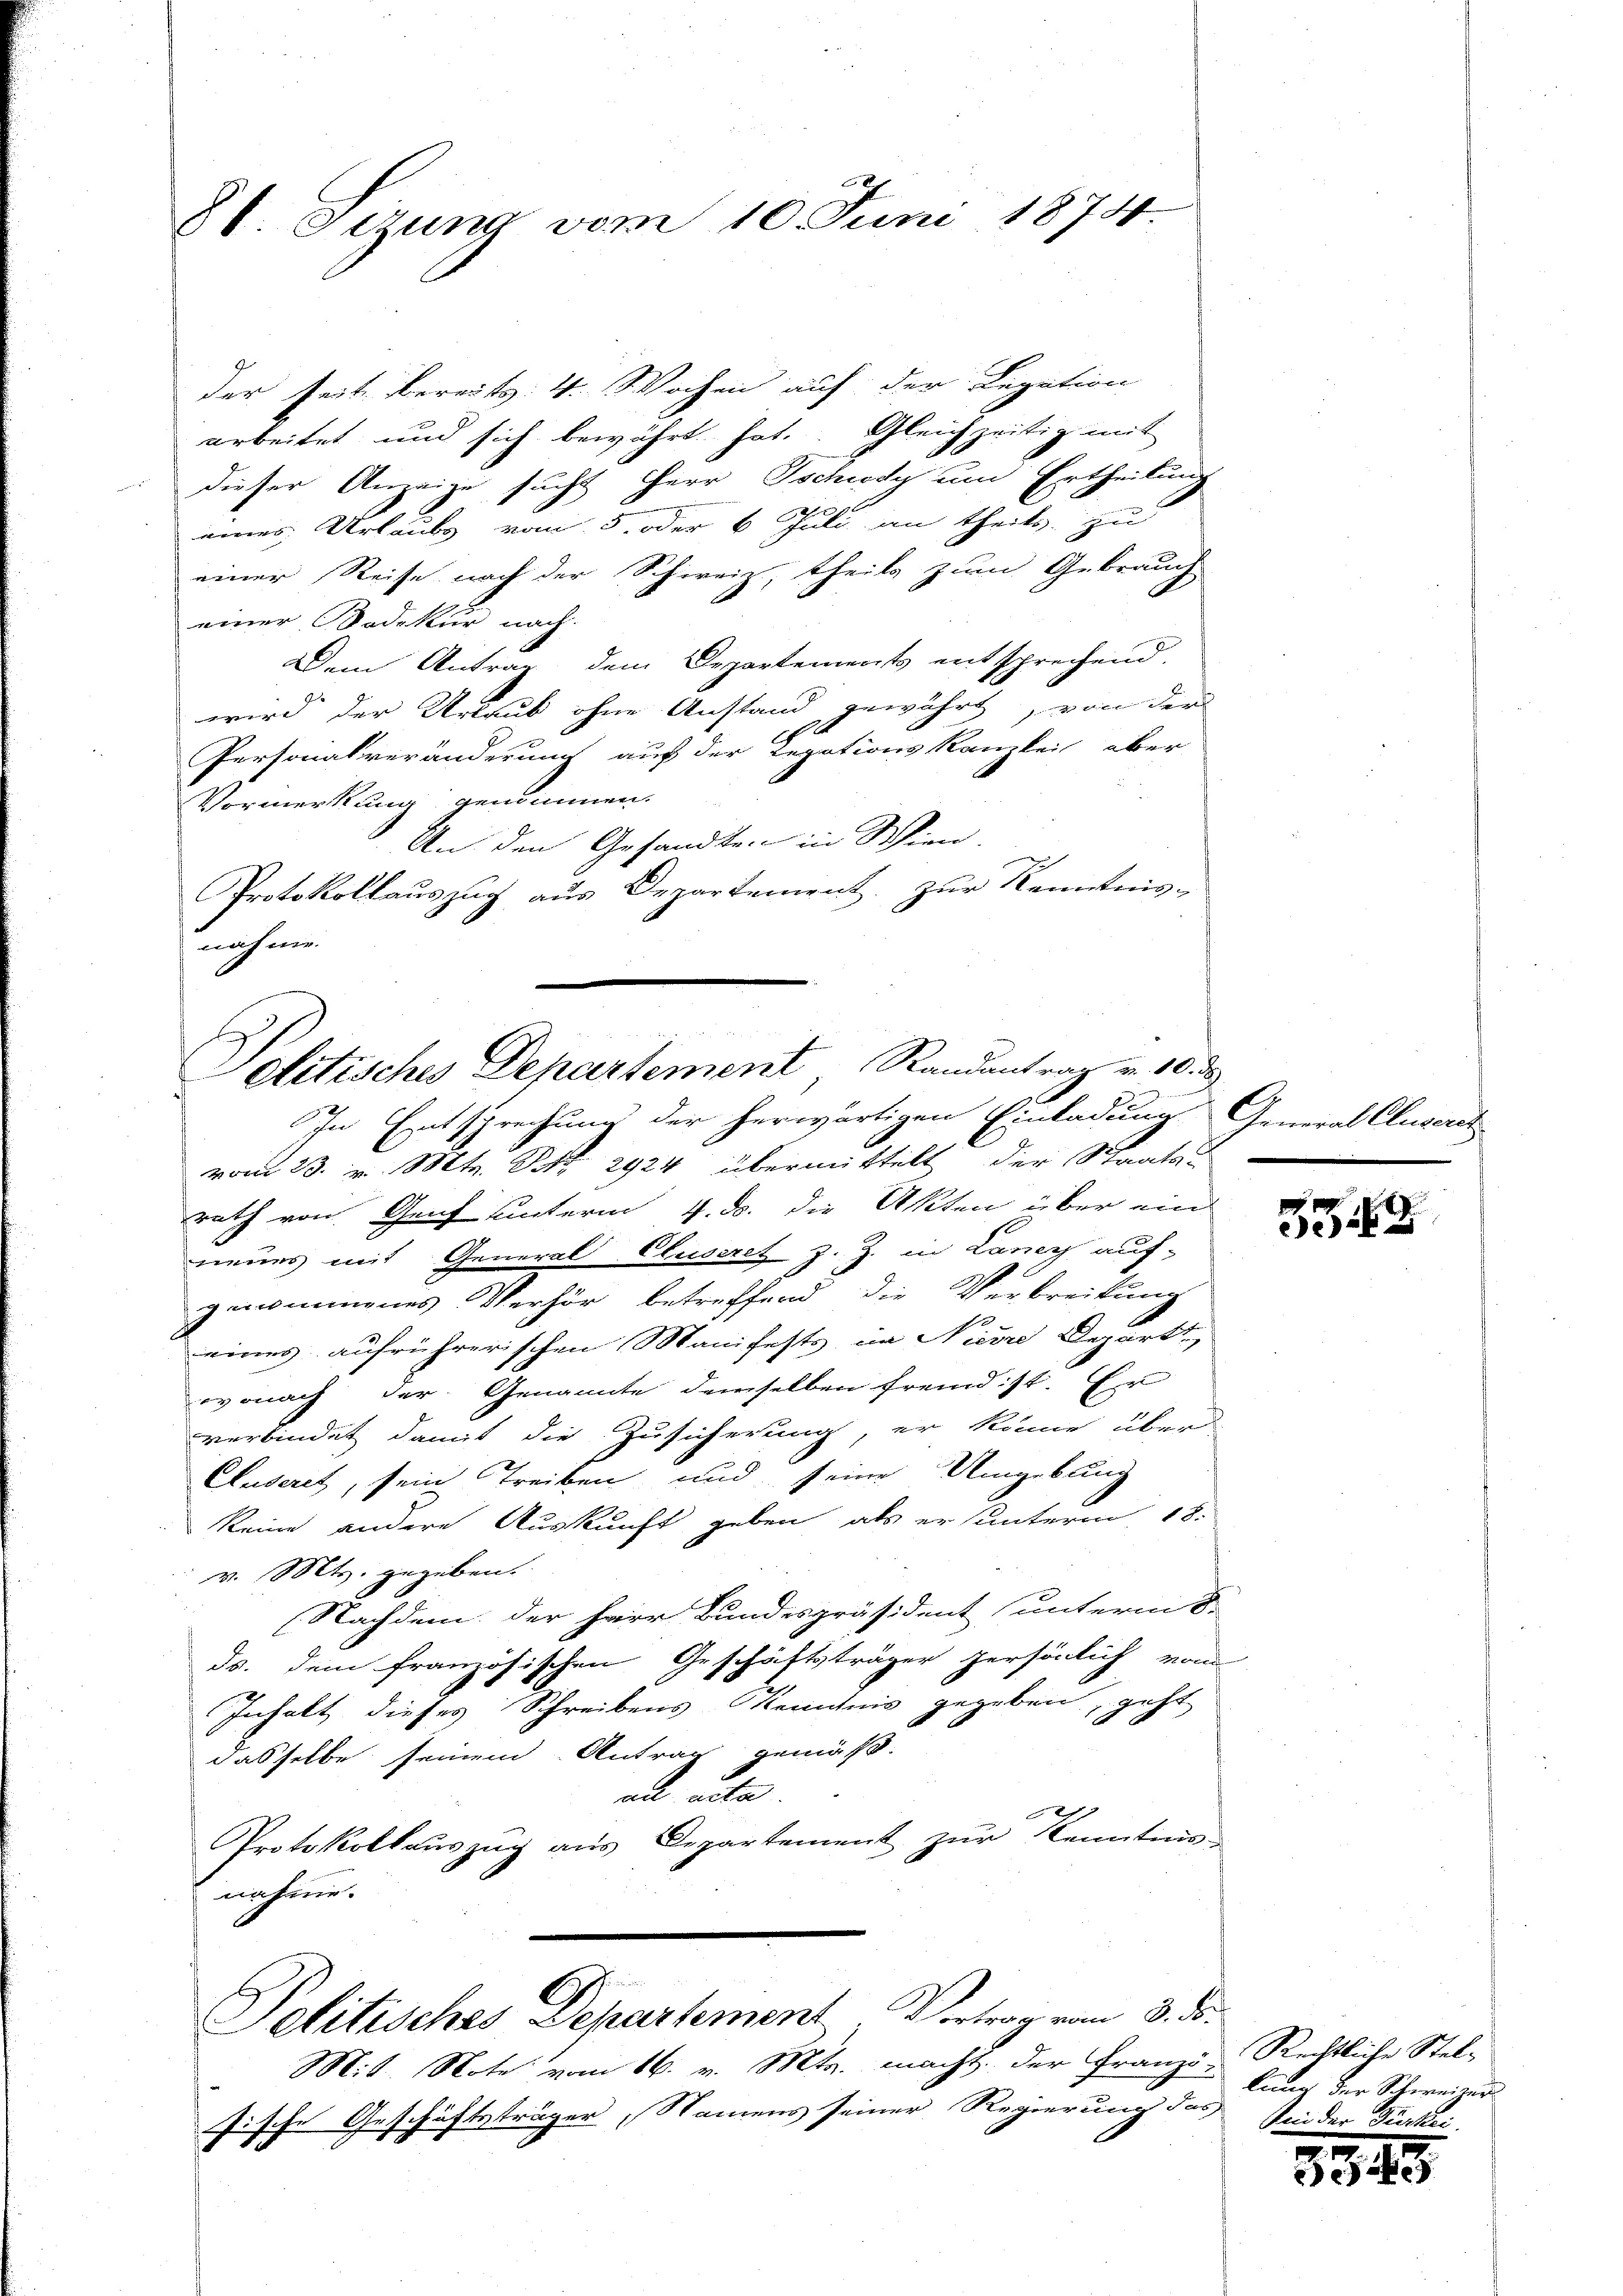
8t. Sizung vom 10. Juni 1874.

der seit Bereits 4. Wochen auf der Legation
arbeitet und sich bewährt hat. Gleichzeitig mit
Dieser Anzeige sucht Herr Oschweg um Ertheilung
eines Urlaubs vom 5. oder 6 Juli an theils zu
einer Reise nach der Schweiz, theils zum Gebrauch
einer Bedekur nach.
Dem Antrag dem Departements entsprechend.
wird der Urlaub ohne Anstand gewährt, von der
cht
Personalveränderung auf der Legationskanzlei aber
Vormerkung genommen.
An den Gesandten in Wien,
Protokollauszug aus Departement, zur Kenntnis-
nnahmen

olitisches Departement Randantrag v. 10. d.

l
Politisches Departement. Vortrag vom 3. ds.

Mit. Note vom 16. v. Mts. macht. der Franzifische Geschäftsträger, Namens seiner Regierung des Finder Dürkei

In Entsprechung der herwärtigen Einladung General Cluserer
vom 23. v. Mts. Nr. 2924 übermittelt der Staats-
rath von Graf unterm 4. ds. die Akten über ein
neues mit General Cluseret z. Z. in Laner auf-
genommenes Verhör betreffend die Verbreitung
eines aufrührerischen Manifests im Nicore Depart
wonach der Genannte demselben fremd ist. Er
verbindet damit die Zusicherung, er könne über
Cluserit, sein Treiben und seine Umgebung
keine andere Auskunft geben, als ersunterm 18.
v. Mts. gegeben.
Nachdem der Herr Bundespräsident (unterm 8.
ds. dem französischen Geschäftsträger persönlich vom
Inhalt dieses Schreibens Kenntnis gegeben, geht
dasselbe seinen Antrag gemäß.
an eite
Protokollauszug aus Departement zur Kenntnis-
nahme.

.
39

Rechtliche Stelkan: der Schweizer

3349